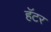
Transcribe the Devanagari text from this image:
हॅटर